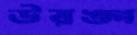
উরঙ্গ